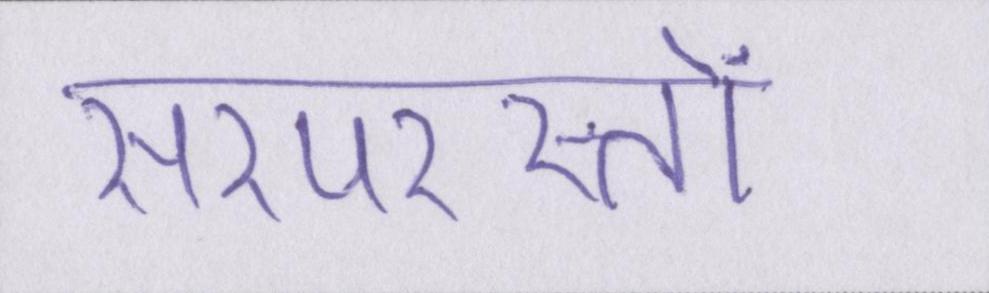
सरपरस्तों